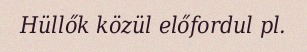
Hüllők közül előfordul pl.